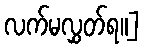
လက်မလွှတ်ရ။]